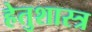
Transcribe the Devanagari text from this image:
हेतुशास्त्र